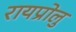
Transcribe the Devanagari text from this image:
रायप्रोलु